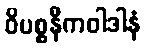
ဝိပစ္စနီကဝါဒါနံ